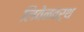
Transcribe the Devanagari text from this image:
लिवेनवर्थ